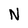
Character: N